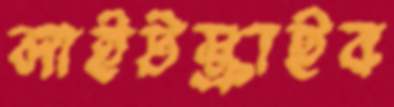
লাইটস্ক্রাইব